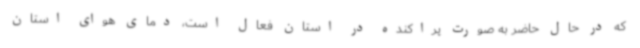
که در حال حاضر به صورت پراکنده در استان فعال است، دمای هوای استان